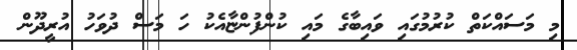
މި މަސައްކަތް ކުރުމުގައި ވައިބާގެ މައި ކުންފުންޏާއެކު ހަ މަސް ދުވަހު އުރީދޫން